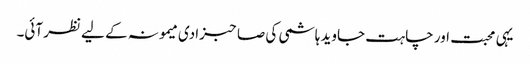
یہی محبت اور چاہت جاوید ہاشمی کی صاحبزادی میمونہ کے لیے نظر آئی۔